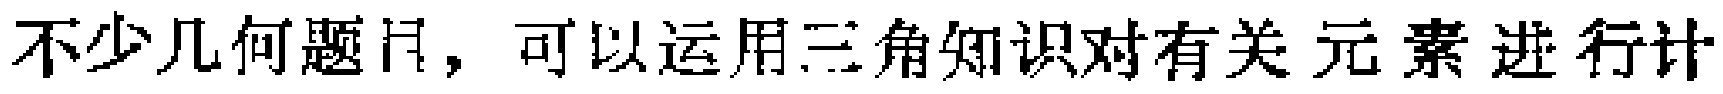
不少几何题目，可以运用三角知识对有关元素进行计